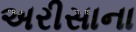
અરીસાના